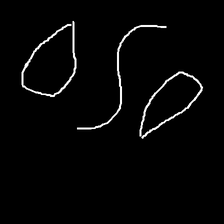
Glyph: water